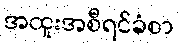
အထူးအစီရင်ခံစာ